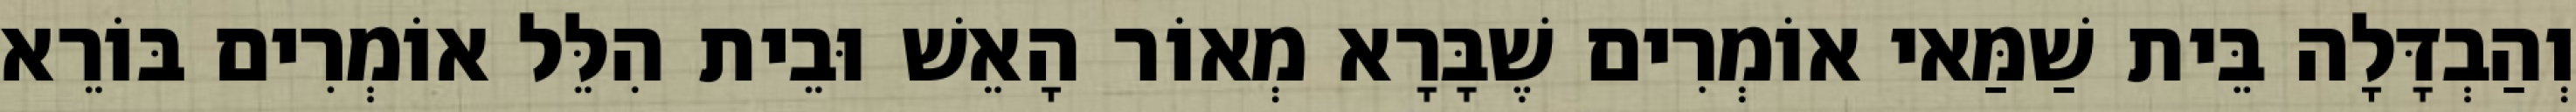
וְהַבְדָּלָה בֵּית שַׁמַּאי אוֹמְרִים שֶׁבָּרָא מְאוֹר הָאֵשׁ וּבֵית הִלֵּל אוֹמְרִים בּוֹרֵא